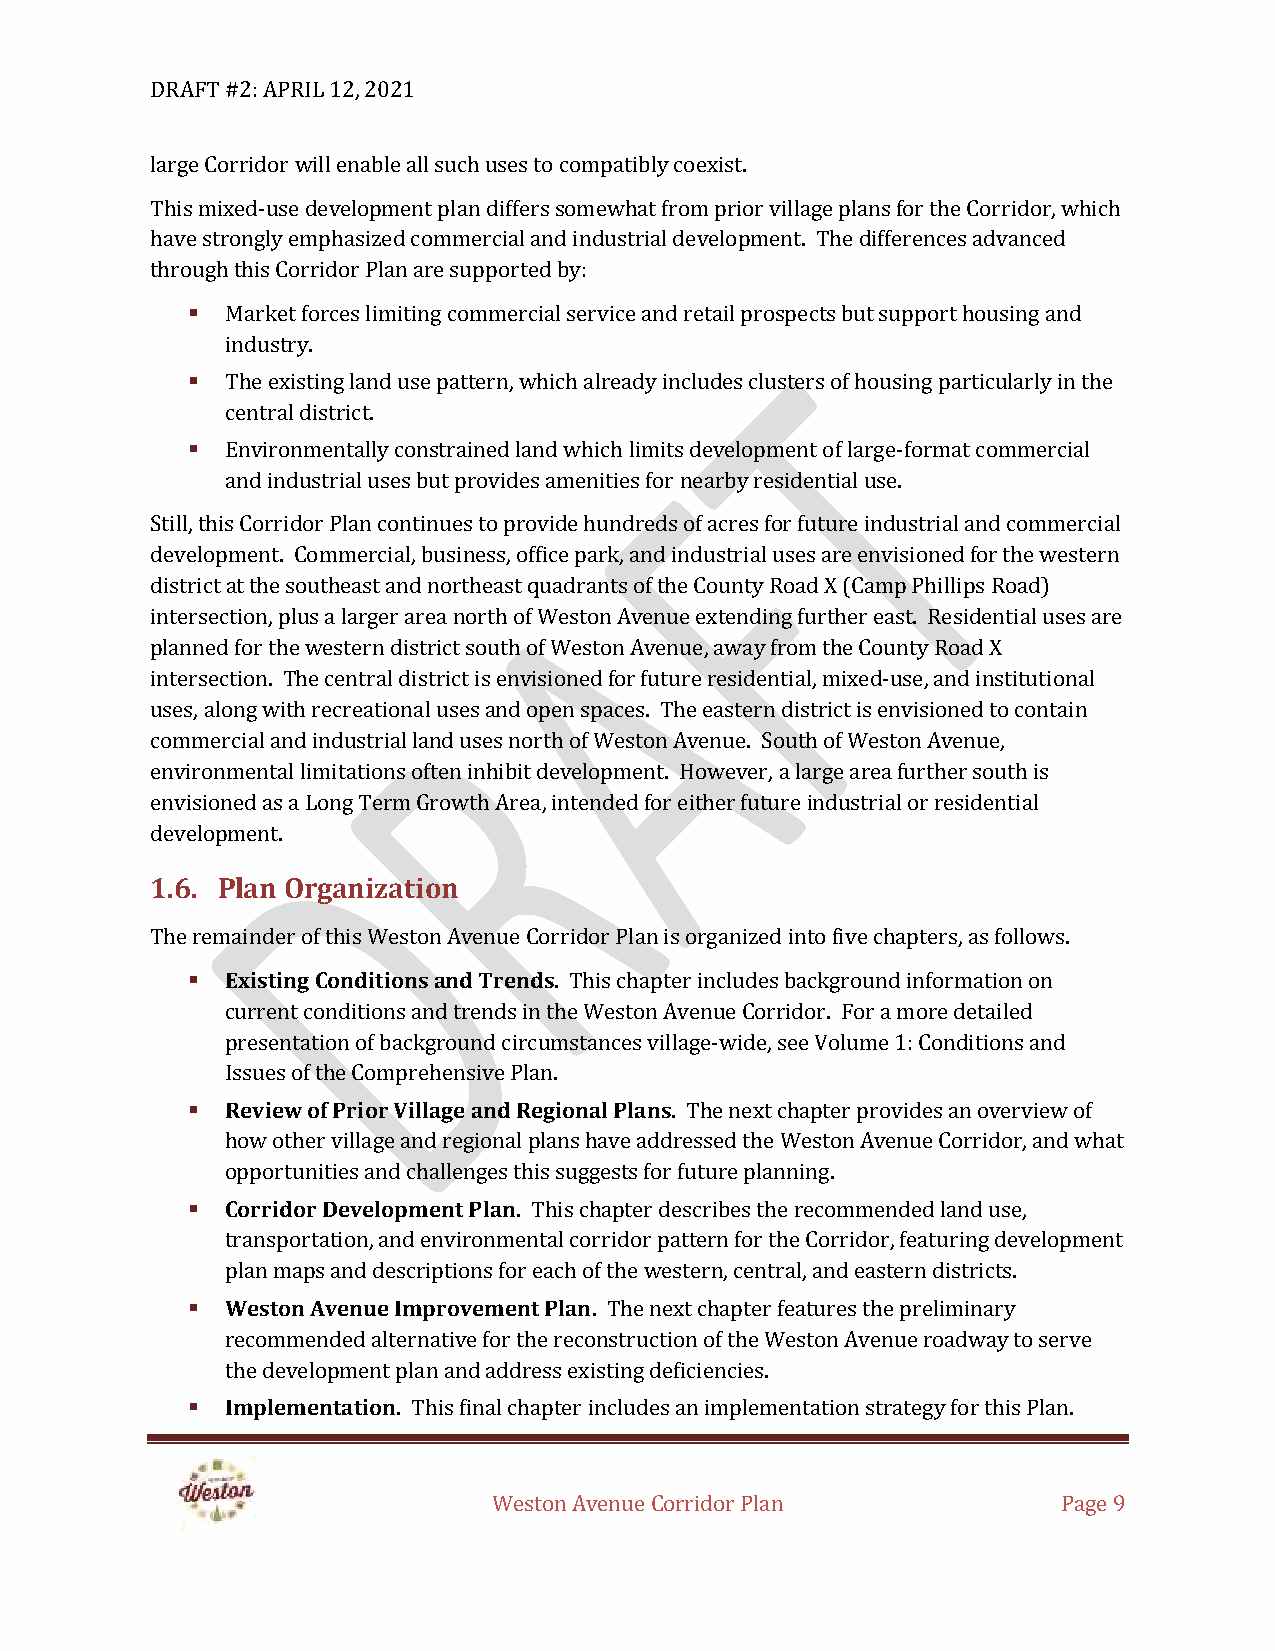
DRAFT #2: APRIL 12, 2021
 large Corridor will enable all such uses to compatibly coexist.
 This mixed-use development plan differs somewhat from prior village plans for the Corridor, which
 have strongly emphasized commercial and industrial development. The differences advanced
 through this Corridor Plan are supported by:
 ▪  Market forces limiting commercial service and retail prospects but support housing and
 industry.
 ▪  The existing land use pattern, which already includes clusters of housing particularly in the
 central district.
 ▪  Environmentally constrained land which limits development of large-format commercial
 and industrial uses but provides amenities for nearby residential use.
 Still, this Corridor Plan continues to provide hundreds of acres for future industrial and commercial
 development. Commercial, business, office park, and industrial uses are envisioned for the western
 district at the southeast and northeast quadrants of the County Road X (Camp Phillips Road)
 intersection, plus a larger area north of Weston Avenue extending further east. Residential uses are
 planned for the western district south of Weston Avenue, away from the County Road X
 intersection. The central district is envisioned for future residential, mixed-use, and institutional
 uses, along with recreational uses and open spaces. The eastern district is envisioned to contain
 commercial and industrial land uses north of Weston Avenue. South of Weston Avenue,
 environmental limitations often inhibit development. However, a large area further south is
 envisioned as a Long Term Growth Area, intended for either future industrial or residential
 development.
 1.6. Plan Organization
 The remainder of this Weston Avenue Corridor Plan is organized into five chapters, as follows.
 ▪  Existing Conditions and Trends. This chapter includes background information on
 current conditions and trends in the Weston Avenue Corridor. For a more detailed
 presentation of background circumstances village-wide, see Volume 1: Conditions and
 Issues of the Comprehensive Plan.
 ▪  Review of Prior Village and Regional Plans. The next chapter provides an overview of
 how other village and regional plans have addressed the Weston Avenue Corridor, and what
 opportunities and challenges this suggests for future planning.
 ▪  Corridor Development Plan. This chapter describes the recommended land use,
 transportation, and environmental corridor pattern for the Corridor, featuring development
 plan maps and descriptions for each of the western, central, and eastern districts.
 ▪  Weston Avenue Improvement Plan. The next chapter features the preliminary
 recommended alternative for the reconstruction of the Weston Avenue roadway to serve
 the development plan and address existing deficiencies.
 ▪  Implementation. This final chapter includes an implementation strategy for this Plan.
 Weston Avenue Corridor Plan          Page 9